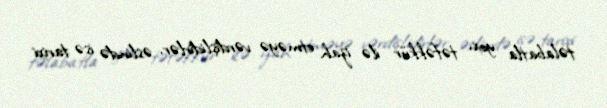
təlabatla yox, təfəkkür ilə izah etməyə vərdişlidirlər, əslində isə tarixi